Vaccine operations Central Provinces 1868-1885 - 1868-1885
Year: 1868
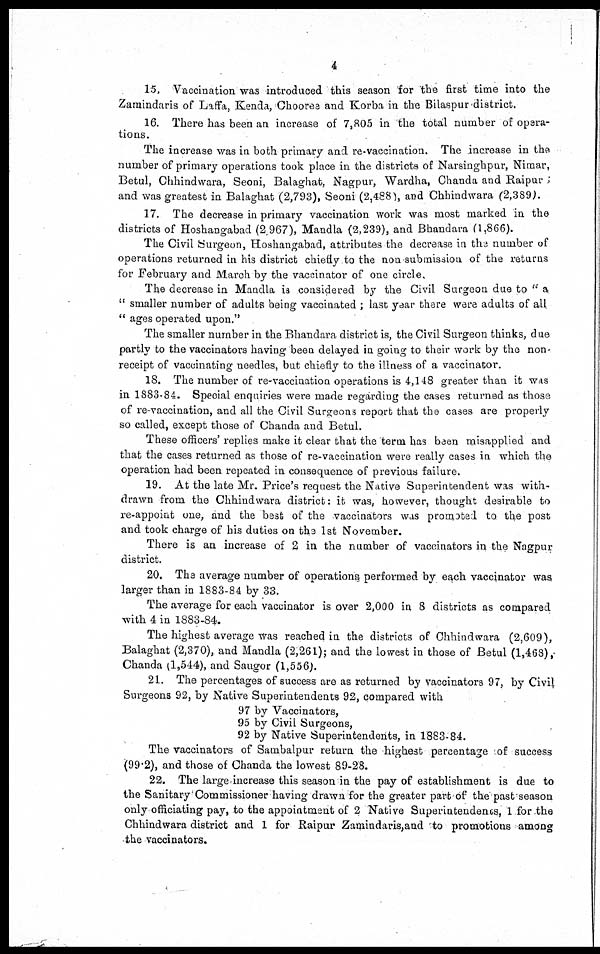
4
15. Vaccination was introduced this season for the first time into the
Zamindaris of Laffa, Kenda, Chooree and Korba in the Bilaspur district.
16. There has been an increase of 7,805 in the total number of opera-
tions.
The increase was in both primary and re-vaccination. The increase in the
number of primary operations took place in the districts of Narsinghpur, Nimar,
Betul, Chhindwara, Seoni, Balaghat, Nagpur, Wardha, Chanda and Raipur ;
and was greatest in Balaghat (2,793), Seoni (2,488), and Chhindwara (2,389).
17. The decrease in primary vaccination work was most marked in the
districts of Hoshangabad (2,967), Mandla (2,239), and Bhandara (1,866).
The Civil Surgeon, Hoshangabad, attributes the decrease in the number of
operations returned in his district chiefly to the non submission of the returns
for February and March by the vaccinator of one circle.
The decrease in Mandla is considered by the Civil Surgeon due to " a
" smaller number of adults being vaccinated ; last year there were adults of all
" ages operated upon."
The smaller number in the Bhandara district is, the Civil Surgeon thinks, due
partly to the vaccinators having been delayed in going to their work by the non-
receipt of vaccinating needles, but chiefly to the illness of a vaccinator.
18. The number of re-vaccination operations is 4,148 greater than it was
in 1883-84. Special enquiries were made regarding the cases returned as those
of re-vaccination, and all the Civil Surgeons report that the cases are properly
so called, except those of Chanda and Betul.
These officers' replies make it clear that the term has been misapplied and
that the cases returned as those of re-vaccination were really cases in which the
operation had been repeated in consequence of previous failure.
19. At the late Mr. Price's request the Native Superintendent was with-
drawn from the Chhindwara district: it was, however, thought desirable to
re-appoint one, and the best of the vaccinators was promoted to the post
and took charge of his duties on the 1st November.
There is an increase of 2 in the number of vaccinators in the Nagpur
district.
20. The average number of operations performed by each vaccinator was
larger than in 1883-84 by 33.
The average for each vaccinator is over 2,000 in 8 districts as compared
with 4 in 1883-84.
The highest average was reached in the districts of Chhindwara (2,609),
Balaghat (2,370), and Mandla (2,261); and the lowest in those of Betul (1,468),
Chanda (1,544), and Saugor (1,556).
21. The percentages of success are as returned by vaccinators 97, by Civil
Surgeons 92, by Native Superintendents 92, compared with
97 by Vaccinators,
95 by Civil Surgeons,
92 by Native Superintendents, in 1883-84.
The vaccinators of Sambalpur return the highest percentage of success
(99.2), and those of Chanda the lowest 89-28.
22. The large increase this season in the pay of establishment is due to
the Sanitary Commissioner having drawn for the greater part of the past season
only officiating pay, to the appointment of 2 Native Superintendents, 1 for the
Chhindwara district and 1 for Raipur Zamindaris,and to promotions among
the vaccinators.